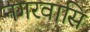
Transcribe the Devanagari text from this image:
नगरवासि